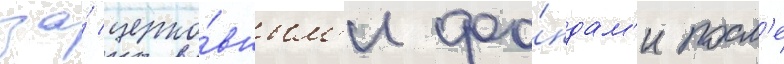
за́ церко́вным'и фо́ндам'и посл'е